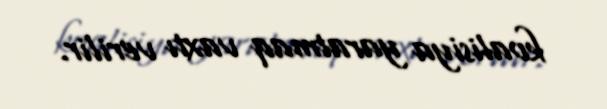
koalisiya yaratmaq vaxtı verilir.